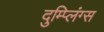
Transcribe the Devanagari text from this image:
दुम्प्लिंग्स